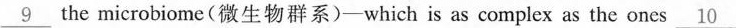
\underline{9} the microbiome(微生物群系)—which is as complex as the ones\underline{10}